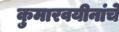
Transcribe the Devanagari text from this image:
कुमारवयीनांचे